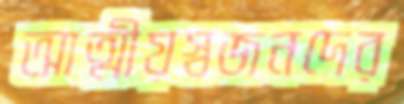
আত্মীয়স্বজনদের